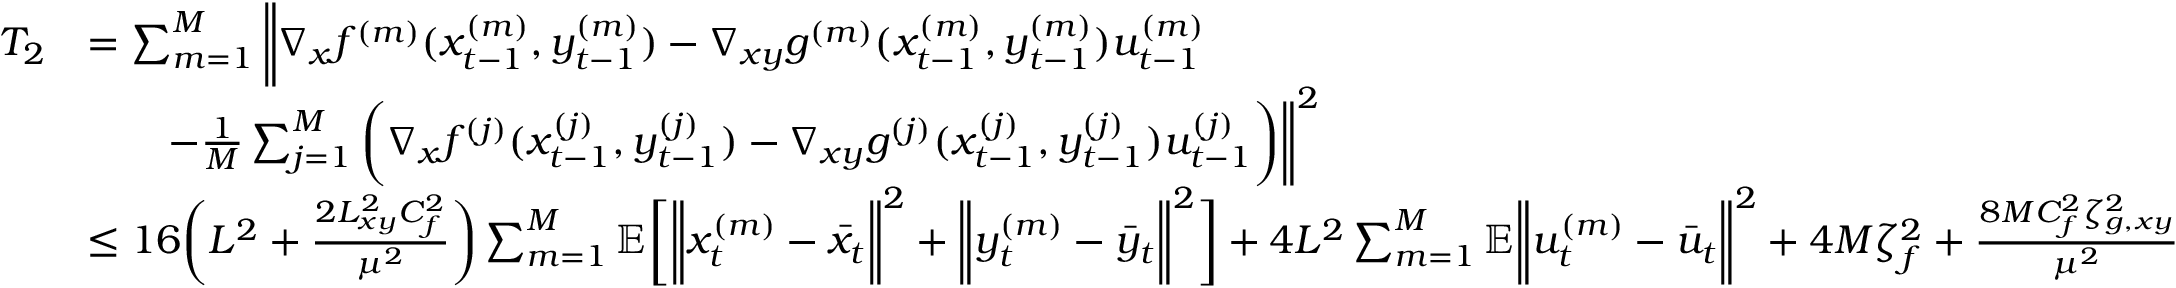
\begin{array} { r l } { T _ { 2 } } & { = \sum _ { m = 1 } ^ { M } \bigg \| \nabla _ { x } f ^ { ( m ) } ( x _ { t - 1 } ^ { ( m ) } , y _ { t - 1 } ^ { ( m ) } ) - \nabla _ { x y } g ^ { ( m ) } ( x _ { t - 1 } ^ { ( m ) } , y _ { t - 1 } ^ { ( m ) } ) u _ { t - 1 } ^ { ( m ) } } \\ & { \qquad - \frac { 1 } { M } \sum _ { j = 1 } ^ { M } \bigg ( \nabla _ { x } f ^ { ( j ) } ( x _ { t - 1 } ^ { ( j ) } , y _ { t - 1 } ^ { ( j ) } ) - \nabla _ { x y } g ^ { ( j ) } ( x _ { t - 1 } ^ { ( j ) } , y _ { t - 1 } ^ { ( j ) } ) u _ { t - 1 } ^ { ( j ) } \bigg ) \bigg \| ^ { 2 } } \\ & { \leq 1 6 \bigg ( L ^ { 2 } + \frac { 2 L _ { x y } ^ { 2 } C _ { f } ^ { 2 } } { \mu ^ { 2 } } \bigg ) \sum _ { m = 1 } ^ { M } \mathbb { E } \bigg [ \bigg \| x _ { t } ^ { ( m ) } - \bar { x } _ { t } \bigg \| ^ { 2 } + \bigg \| y _ { t } ^ { ( m ) } - \bar { y } _ { t } \bigg \| ^ { 2 } \bigg ] + 4 L ^ { 2 } \sum _ { m = 1 } ^ { M } \mathbb { E } \bigg \| u _ { t } ^ { ( m ) } - \bar { u } _ { t } \bigg \| ^ { 2 } + 4 M \zeta _ { f } ^ { 2 } + \frac { 8 M C _ { f } ^ { 2 } \zeta _ { g , x y } ^ { 2 } } { \mu ^ { 2 } } } \end{array}